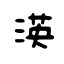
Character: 渶